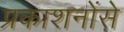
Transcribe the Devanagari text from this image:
प्रकाशनोंसे